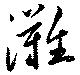
灘